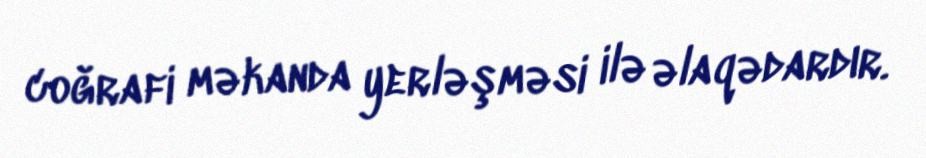
coğrafi məkanda yerləşməsi ilə əlaqədardır.